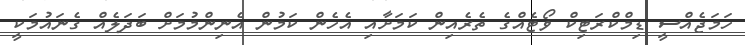
ހަމަޖެއްސީ ޑިމްކްރަޓިކް ވޯޓެއްގެ ތެރެއިން ކަމަށާއި އެހެން ކަމުން އެނިންމުމަށް ބަދަލެއް ގެނައުމަކީ